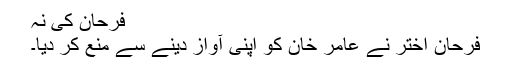
فرحان کی نہ
فرحان اختر نے عامر خان کو اپنی آواز دینے سے منع کر دیا۔